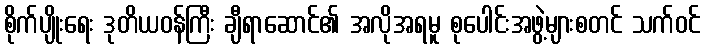
စိုက်ပျိုးရေး ဒုတိယဝန်ကြီး ချီရာဆောင်၏ အလိုအရမူ စုပေါင်းအဖွဲ့များစတင် သက်ဝင်